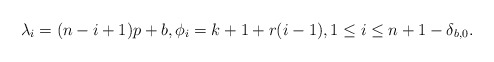
\begin{gather*} \lambda_i= (n-i+1) p+b, \phi_i=k+1+r (i-1), 1 \le i \le n+1-\delta_{b,0}.\end{gather*}